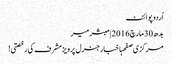
اُردو پوائنٹ
بدھ 30 مارچ 2016 | مبشر میر
مرکزی صفحہاخبارجنرل پرویز مشرف کی رخصتی!